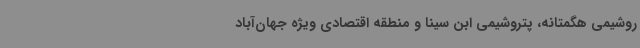
روشیمی هگمتانه، پتروشیمی ابن سینا و منطقه اقتصادی ویژه جهان‌آباد